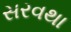
સરવથા